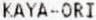
KAYA-ORI